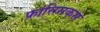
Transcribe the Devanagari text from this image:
फ्रांसिसकस